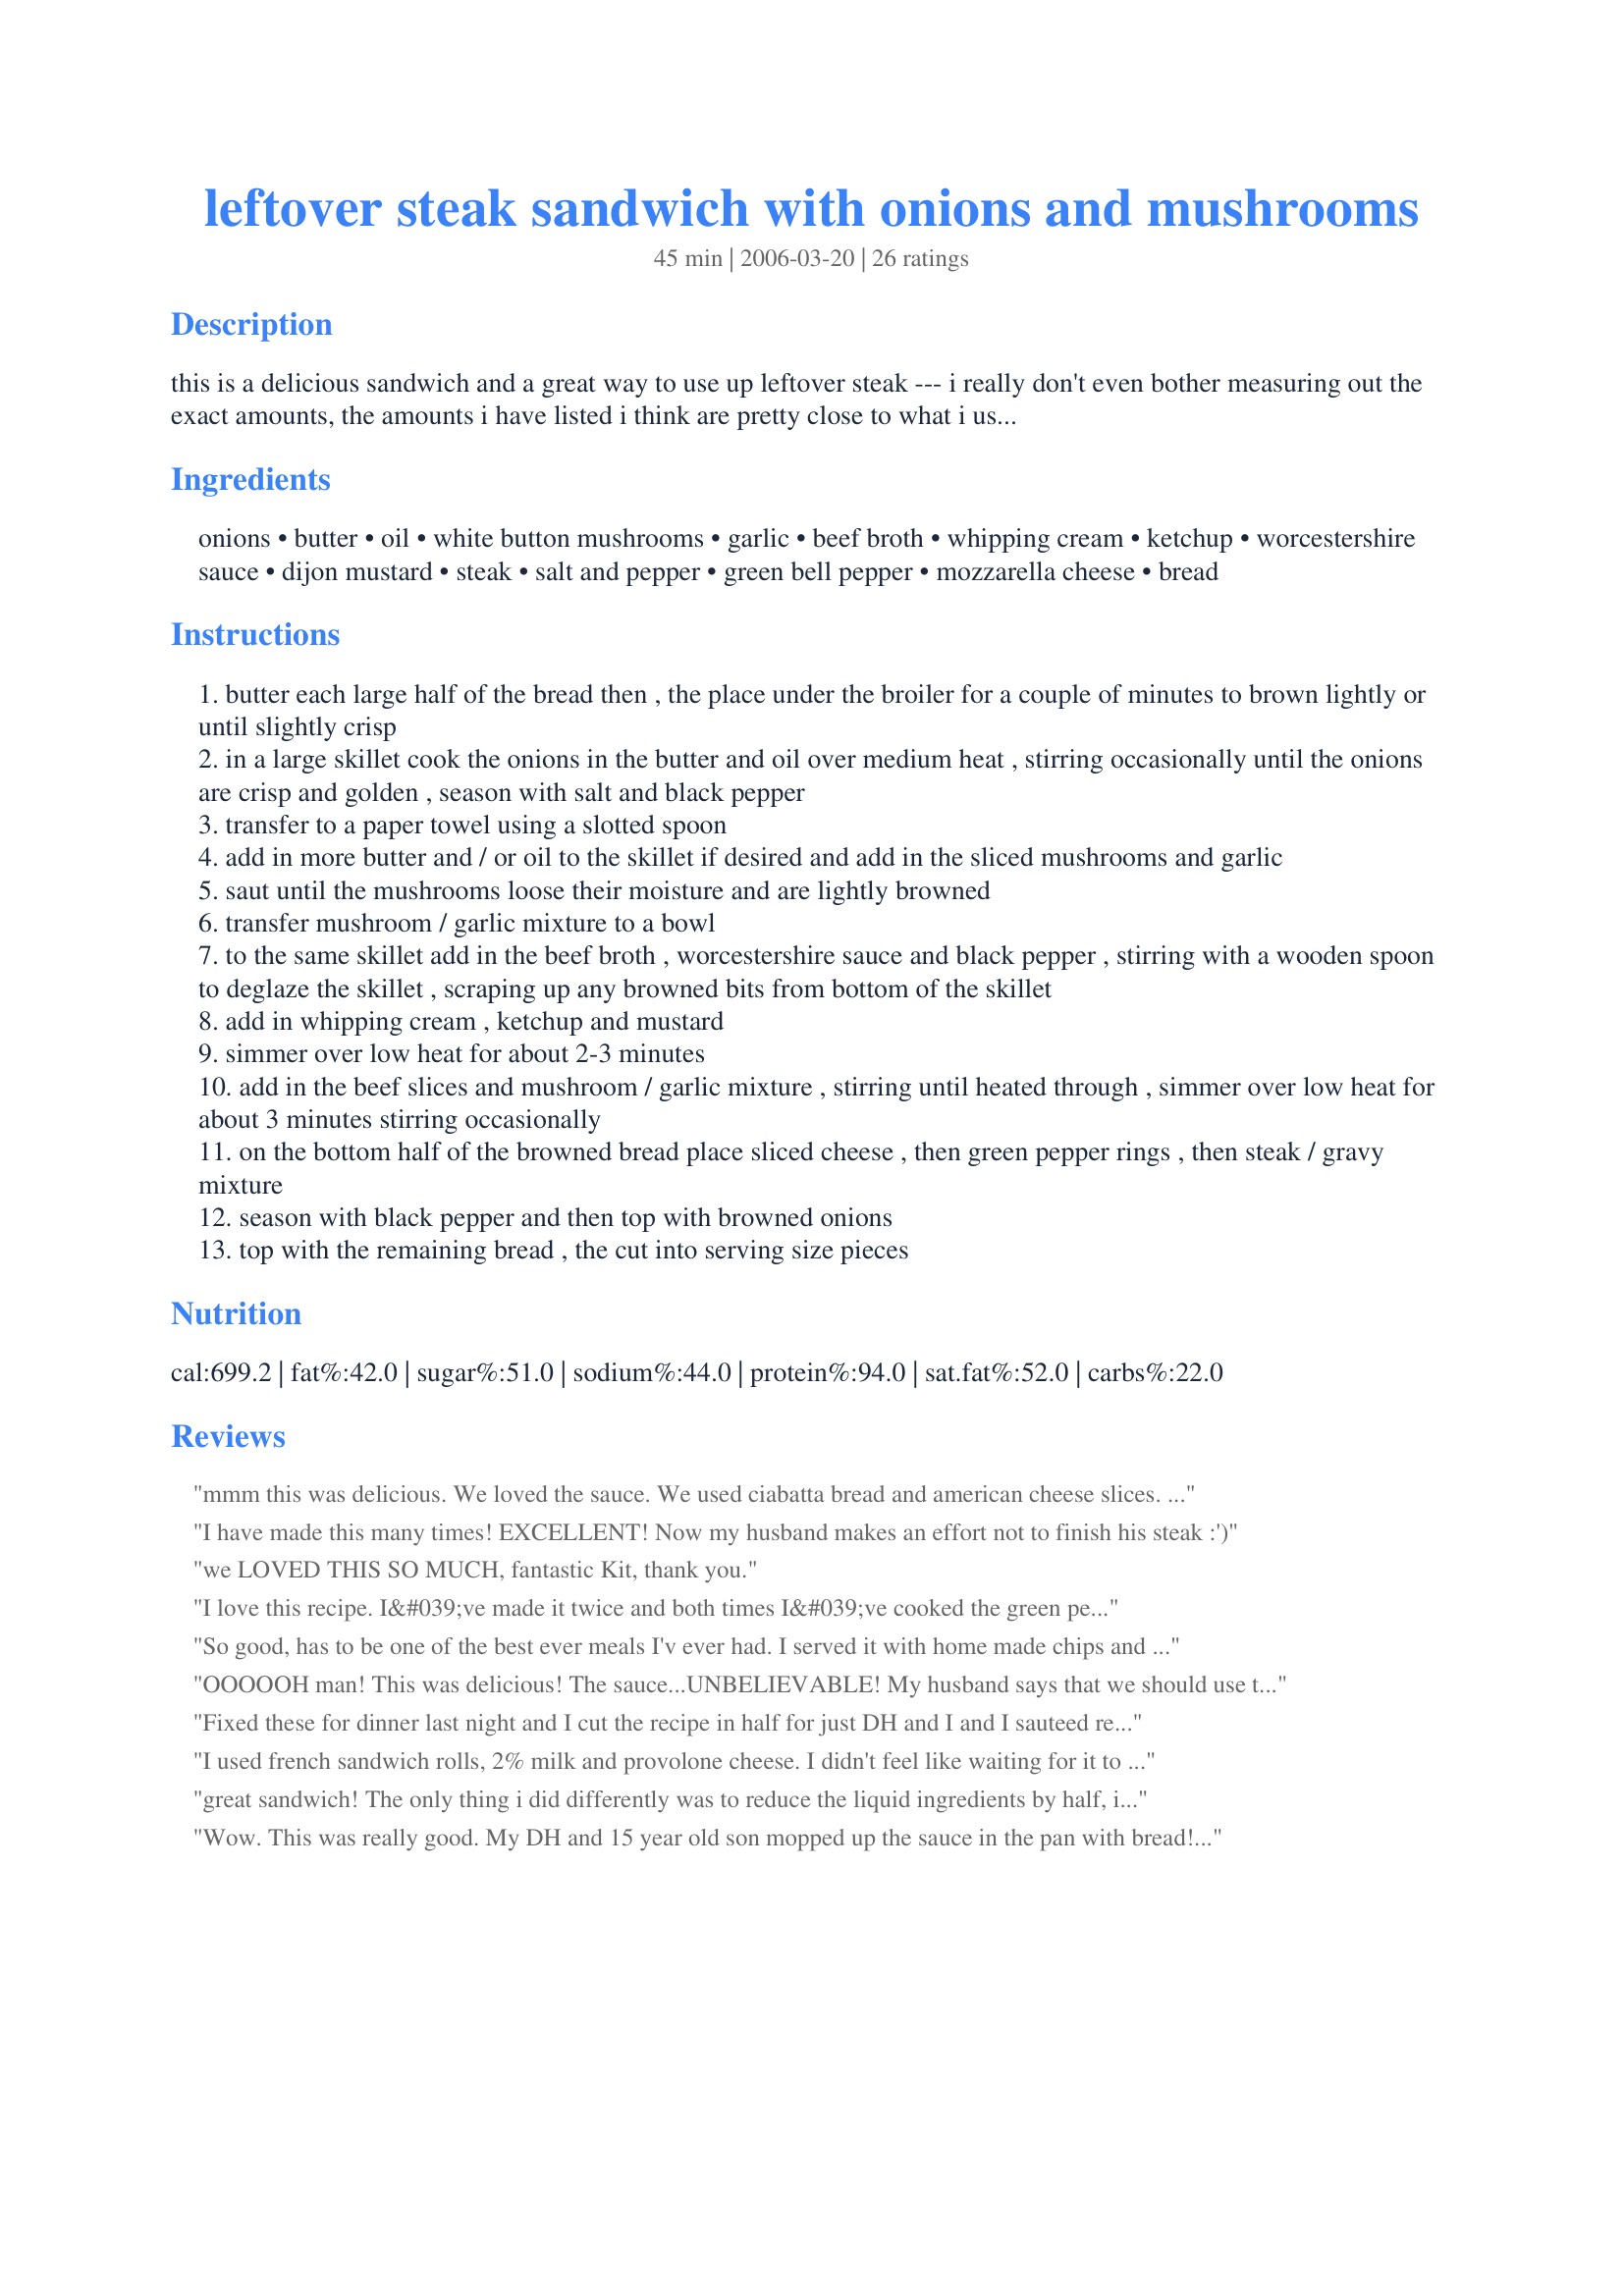
leftover steak sandwich with onions and mushrooms
Preparation time: 45 minutes

this is a delicious sandwich and a great way to use up leftover steak --- i really don't even bother measuring out the exact amounts, the amounts i have listed i think are pretty close to what i use when i make this sandwich, you may adjust the ingredient amounts to suit taste, and to save some time you can fry the onions and mushroom/garlic mixture well in advance --- it's not really necessary to brown the bread, i like to do so as i find it makes a difference to the taste of the sandwich, serving size is only estimated --- this is delicious!

Ingredients:
onions, butter, oil, white button mushrooms, garlic, beef broth, whipping cream, ketchup, worcestershire sauce, dijon mustard, steak, salt and pepper, green bell pepper, mozzarella cheese, bread

Steps:
butter each large half of the bread then , the place under the broiler for a couple of minutes to brown lightly or until slightly crisp
in a large skillet cook the onions in the butter and oil over medium heat , stirring occasionally until the onions are crisp and golden , season with salt and black pepper
transfer to a paper towel using a slotted spoon
add in more butter and / or oil to the skillet if desired and add in the sliced mushrooms and garlic
saut until the mushrooms loose their moisture and are lightly browned
transfer mushroom / garlic mixture to a bowl
to the same skillet add in the beef broth , worcestershire sauce and black pepper , stirring with a wooden spoon to deglaze the skillet , scraping up any browned bits from bottom of the skillet
add in whipping cream , ketchup and mustard
simmer over low heat for about 2-3 minutes
add in the beef slices and mushroom / garlic mixture , stirring until heated through , simmer over low heat for about 3 minutes stirring occasionally
on the bottom half of the browned bread place sliced cheese , then green pepper rings , then steak / gravy mixture
season with black pepper and then top with browned onions
top with the remaining bread , the cut into serving size pieces

Reviews:
mmm this was delicious. We loved the sauce. We used ciabatta bread and american cheese slices. I didn't have whipping cream but I used some 2% milk. I didn't quite have a pound of steak so I had to simmer it quite a bit to thicken and reduce it enough. We will make this again next time we have left over steak. thanks for the recipe!!
I have made this many times! EXCELLENT! Now my husband makes an effort not to finish his steak :')
we LOVED THIS SO MUCH, fantastic Kit, thank you.
I love this recipe. I&#039;ve made it twice and both times I&#039;ve cooked the green pepper, but otherwise made as written. I thought there might be too much broth, but it&#039;s not. I like to put some in a bowl for dipping (au jus). I have used both mozzarella and provolone cheese. Everytime I make steak, I hope there is some leftover just to make this recipe. Thanks for sharing.
So good, has to be one of the best ever meals I'v ever had. I served it with home made chips and salad.<br/>I'm off to look at your other recipe's now. Thanks heaps.
OOOOOH man! This was delicious! The sauce...UNBELIEVABLE! My husband says that we should use the sauce on top of all the steaks we make. I think the Dijon mustard just really adds so much flavor to this dish. I used Recipe #56467 (french bread)for bread.

We were forced to make some changes because we didn't have a pound of mushrooms (we only had 6 pieces of mushroom to slice up) and we also didn't have ketchup (instead I used some leftover canned tomatoes).
Fixed these for dinner last night and I cut the recipe in half for just DH and I and I sauteed red and green pepper with the onions, then added the mushrooms and garlic and followed the rest of the recipe. EXCELLENT!! Made for a wonderful meal with a side green salad. I never worry about a recipe when it's one of Kittencal's because they are always good. Thank you!!!!
I used french sandwich rolls, 2% milk and provolone cheese. I didn't feel like waiting for it to thicken, so I added a cornstarch slurry. I cooked the peppers with the onions too. It was excellent. My family loved it, especially my 10 year old daughter. She wants me to make extra steak so will will have leftovers for this again.
great sandwich! The only thing i did differently was to reduce the liquid ingredients by half, it would have been too liquid for my tastes if i has used the full amounts. This is a terrific used of left over steak.
Wow. This was really good. My DH and 15 year old son mopped up the sauce in the pan with bread! Will definitely make again!
We loved loved loved this recipe! I made it with leftover london broil, which was a mistake only because I cooked it on the stove and the meat was too chewy. DH, DD and I all agree that this would be awesome as a crockpot recipe, so next time I'll try it that way. Regardless, we all loved the sauce!
This recipe is delicious. I used sliced Monteray Jack cheese with jalapenos I love the raw green pepper slices, it added a nice texture.
Nice sandwich. I made the whole amount of sauce which was a LOT. I used beef stir-fried strips. I used milk and a powder beef soup base which is what I had on hand. I thicken the sauce so it was quite thick and not runny. I ate it on flatbread. The only thing I did not like about it was the ketchup and mustard taste, it made it too sweet. Next time I will eliminate those two things but otherwise this was a great tasting sandwich.
FANTASTIC!! I had two leftover T-bone steaks which is very unusual. I had remembered having this recipe in my cookbook. It was a hugh hit with DH and DS. I am so glad we got to try this recipe. Thanks.
Very tasty and my DH couldn't get enough of it. He wants to use the sauce when he next makes smoked brisket.
Oh so yummy!! Absolutely delicious!! Outstanding recipe!!
Wow! I used red wine instead of beef broth and 1 percent milk for the cream. The flavor was outstanding. Thanks!!
You've got another winner here, Kit! I had 2 marinated sirloins left over from the other night and knew this would be a great way to use them. My DH and I mmmmmmd through every bite. It's a definite keeper!
Excellent. Varied by using canned mushrooms and 1% milk but still turned out with great flavor. Already had request to make it again. Thanks for a great recipe.
Yummy sandwich! I used a leftover rib eye steak on a hoagie roll. I didn't have any green pepper and was too hungry to go to the store, lol. This was really simple and the sauce was great. Next time I'll add the bell pepper and maybe a little bit of horseradish on the bun too. Thanks Kitten for another keeper. Made for Zaar Chef Alphabet Soup Tag.
Yum! Yum! Yum! We loved this. Served it open face & my only regret was that I didn't double the sauce. I could have licked my plate. As always, Kit- your recipes are the best!
Made for a late dinner with leftover rib eye steaks. Gave the meat a great flavor and didn't make it taste overcooked when reheated. I left out the bell pepper and used a combo of shredded cheddar and mozz cheese. Made for I Recommend Tag.
Oh, YUM! My leftover steak has never tasted soooo gooodd! I did stick the bread in the broiler for a minute to brown, DH did not. My bread held up to the wonderful sauce, his turned quite soggy. Toast the bread! I topped mine with chipotle cheddar and just about died! I have just a little leftover that I think will be fantastic with some rice or on top of a baked potato. Highly recommended!
OK...these are great! I didn't use leftover steak...but used a tenderloin and it was delicious! 

Out of the 4 of I think the kids actually liked it best...which surprised me.

Nice job Kitten
I had tons of leftover steak I needed to use, and this recipe def. was a winner. The whole family found it amazing and even the leftover steak that didn't fit on the sandwich got eaten. It was asked to be made again before they even finished eating!
Delicious! I usually have to pry a comment out of my husband whenever I try something new, but he didn't hesitate this time! He thought it was delicious, too! He went back for more steak/mushroom mixture (as it didn't all fit on the sandwiches!) and gravy, and he got a piece of sandwich bread to sop it up, that's how much he loved it. Thank you for a fantastic recipe!
